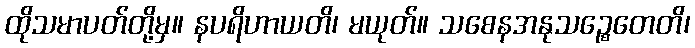
ထိုသမာပတ်တို့မှ။ နပရိဟာယတိ၊ မယုတ်။ သစေနအနုသဉ္စေတေတိ၊